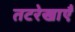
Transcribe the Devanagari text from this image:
तटरेखाएँ